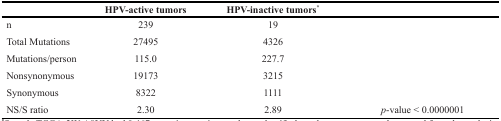
|  | HPV-active tumors | HPV-inactive tumors* |  |
 | --- | --- | --- | --- |
 | n | 239 | 19 |  |
 | Total Mutations | 27495 | 4326 |  |
 | Mutations/person | 115.0 | 227.7 |  |
 | Nonsynonymous | 19173 | 3215 |  |
 | Synonymous | 8322 | 1111 |  |
 | NS/S ratio | 2.30 | 2.89 | p-value < 0.0000001 |